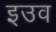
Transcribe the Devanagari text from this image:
इउव